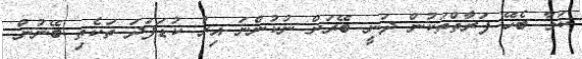
ކަމާ ބެހޭ ފަރާތްތަކުން ދަނީ ބޭރަށް ނުކުންނަ އިރު ކުޑަފަދަ ތަކެތި ބޭނުން